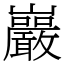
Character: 巖